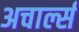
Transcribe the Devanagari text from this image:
अचार्ल्स